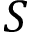
S